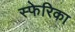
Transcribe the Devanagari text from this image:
स्फेरिका